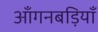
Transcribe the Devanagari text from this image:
आँगनबड़ियाँ